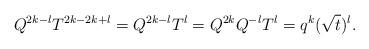
LaTeX: \begin{align*} Q^{2k-l} T^{2k-2k+l} = Q^{2k-l}T^l = Q^{2k} Q^{-l}T^l = q^k (\sqrt{t})^l.\end{align*}